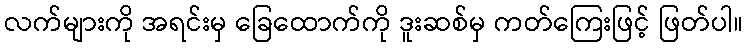
လက်များကို အရင်းမှ ခြေထောက်ကို ဒူးဆစ်မှ ကတ်ကြေးဖြင့် ဖြတ်ပါ။